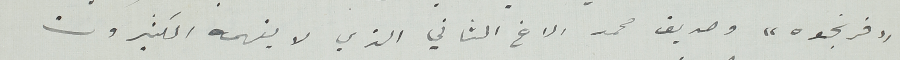
" فرنجوه " وصديق محمد الاخ الثاني الذي لا يفهمه الكثيرون